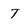
Character: T